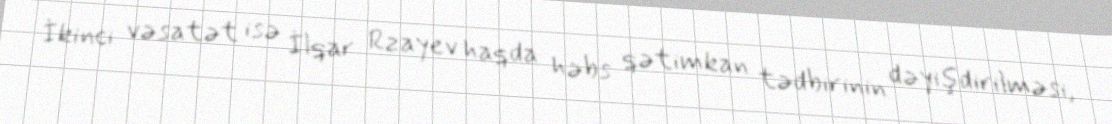
İkinci vəsatət isə İlqar Rzayev haqda həbs qətimkan tədbirinin dəyişdirilməsi,